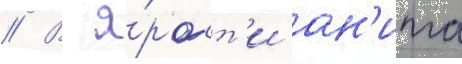
// В я́рост'и ан'ита